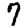
Digit: 7